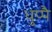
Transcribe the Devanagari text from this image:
धुप्पै